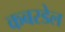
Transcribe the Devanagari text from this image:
कबरडेल